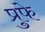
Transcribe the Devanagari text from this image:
प्रुफे